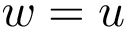
w = u